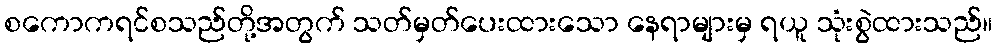
စကောကရင်စသည်တို့အတွက် သတ်မှတ်ပေးထားသော နေရာများမှ ရယူ သုံးစွဲထားသည်။